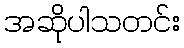
အဆိုပါသတင်း